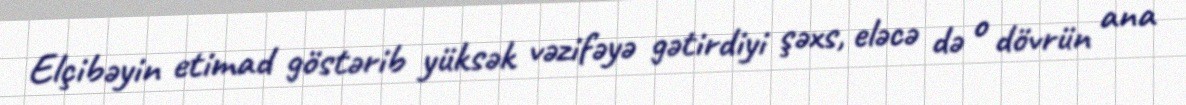
Elçibəyin etimad göstərib yüksək vəzifəyə gətirdiyi şəxs, eləcə də o dövrün ana